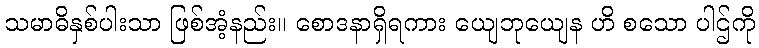
သမာဓိနှစ်ပါးသာ ဖြစ်အံ့နည်း။ စောဒနာရှိရကား ယျေဘုယျေန ဟိ စသော ပါဌ်ကို